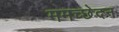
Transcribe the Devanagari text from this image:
ममच्छेदन